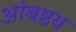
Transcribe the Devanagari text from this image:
आंबष्ठय